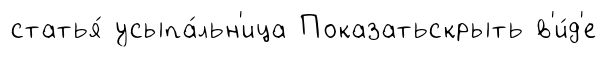
статья́ усыпа́льн'ица Показатьскрыть в'и́д'е